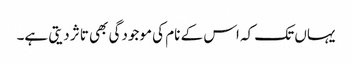
یہاں تک کہ اس کے نام کی موجودگی بھی تاثر دیتی ہے۔